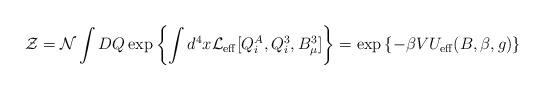
LaTeX: \begin{align*} {\cal Z} ={\cal N}\int DQ\exp \left\{ \int d^4x {\cal L}_{\rm eff}[Q_i^A,Q_i^3,B_\mu^3]\right\}=\exp\left\{- \beta V U_{\rm eff}(B,\beta,g)\right\}\end{align*}